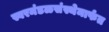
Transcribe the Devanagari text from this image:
स्वरमंडळसंस्थेमार्फत